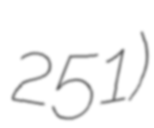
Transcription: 251)